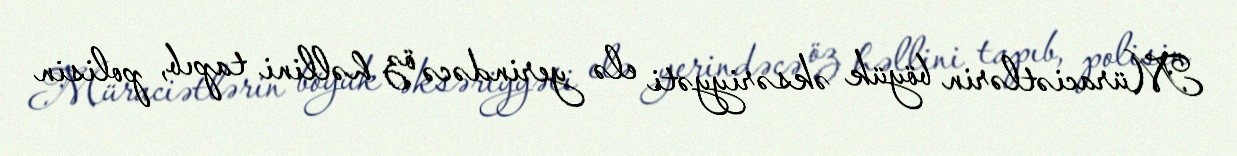
Müraciətlərin böyük əksəriyyəti elə yerindəcə öz həllini tapıb, polisin